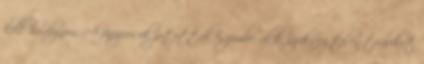
kell hordoznom. A farizeusok jutottak eszembe, akik szükségtelen terheket